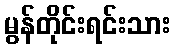
မွန်တိုင်းရင်းသား